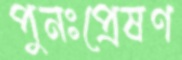
পুনঃপ্রেষণ